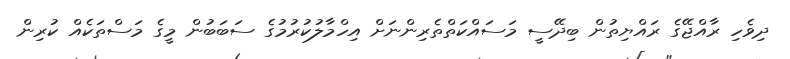
ދިވެހި ރާއްޖޭގެ ރައްޔިތުން ބިދޭސީ މަސައްކަތްތެރިންނަށް އިހްމާލުކުރުމުގެ ސަބަބުން މީގެ މަސްތަކެއް ކުރިން